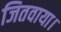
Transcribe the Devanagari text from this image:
जितवाया।